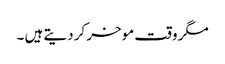
مگر وقت موخر کر دیتے ہیں ۔